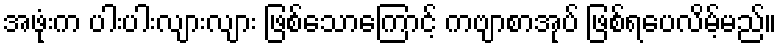
အဖုံးက ပါးပါးလျားလျား ဖြစ်သောကြောင့် ကဗျာစာအုပ် ဖြစ်ရပေလိမ့်မည်။